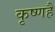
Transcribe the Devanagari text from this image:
कृष्णहै